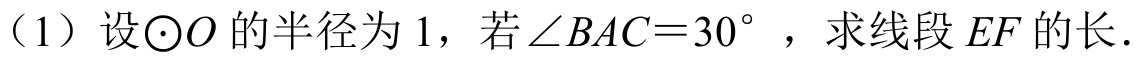
（1）设\(\odot O\)的半径为\(1\)，若\(\angle BAC = 30^{\circ}\)，求线段\(EF\)的长.